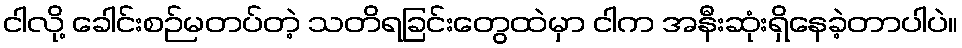
ငါလို့ ခေါင်းစဉ်မတပ်တဲ့ သတိရခြင်းတွေထဲမှာ ငါက အနီးဆုံးရှိနေခဲ့တာပါပဲ။